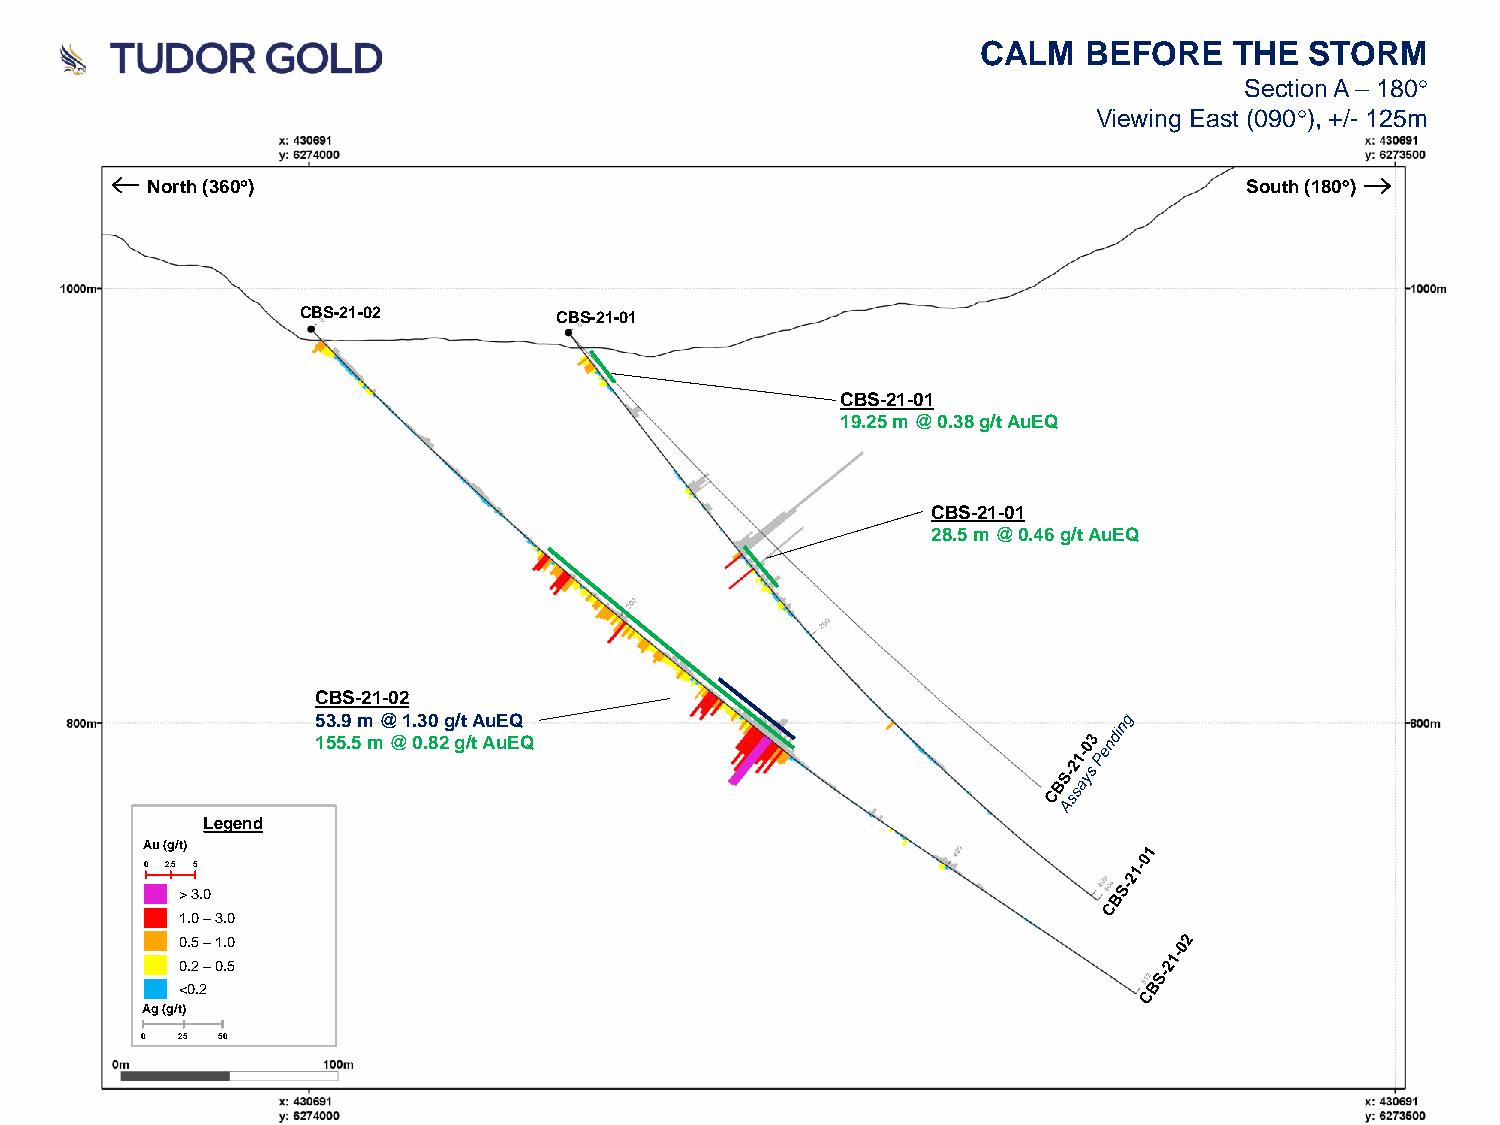
CALM   BEFORE    THE  STORM
 Section A – 180
 Viewing East (090), +/- 125m
 North (360)                                                            South (180)
 CBS-21-02        CBS-21-01
 CBS-21-01
 19.25 m @ 0.38 g/t AuEQ
 CBS-21-01
 28.5 m @ 0.46 g/t AuEQ
 CBS-21-02
 53.9 m @ 1.30 g/t AuEQ
 155.5 m @ 0.82 g/t AuEQ
 Legend
 Au (g/t)
 0 2.5 5
 > 3.0
 1.0 –3.0
 0.5 –1.0
 0.2 –0.5
 <0.2
 Ag (g/t)
 0  25 50